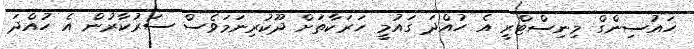
ހައުސިންގް މިނިސްޓްރީ އެ ހުއްދަ ގައުމީ ހަރަކާތަށް ދޫކުރިނަމަވެސް ސަރުކާރުން އެ ހުއްދަ